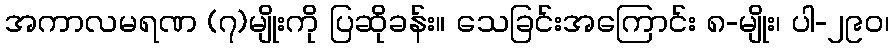
အကာလမရဏ (၇)မျိုးကို ပြဆိုခန်း။ သေခြင်းအကြောင်း ၈-မျိုး၊ ပါ-၂၉၀၊